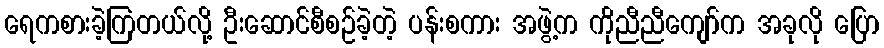
ရေကစားခဲ့ကြတယ်လို့ ဦးဆောင်စီစဉ်ခဲ့တဲ့ ပန်းစကား အဖွဲ့က ကိုညီညီကျော်က အခုလို ပြော